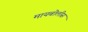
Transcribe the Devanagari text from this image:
मायबोलीस